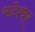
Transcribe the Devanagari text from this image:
बटेश्‍वर